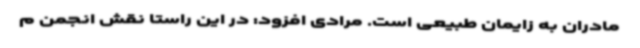
مادران به زایمان طبیعی است. مرادی افزود: در این راستا نقش انجمن م